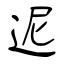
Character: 迡